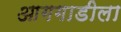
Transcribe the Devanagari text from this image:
आगगाडीला